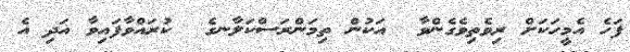
ފަހެ އެމީހަކަށް ރިވެތިވެގެންވާ  އަކުން ތިމަންރަސްކަލާނގެ  ކުރައްވާފައިވާ އަދި އެ